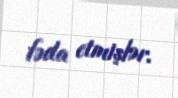
fəda etmişlər.